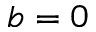
b = 0